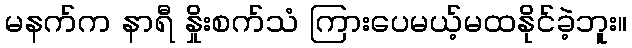
မနက်က နာရီ နှိုးစက်သံ ကြားပေမယ့်မထနိုင်ခဲ့ဘူး။